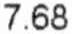
7.68